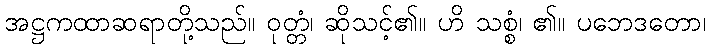
အဋ္ဌကထာဆရာတို့သည်။ ဝုတ္တံ၊ ဆိုသင့်၏။ ဟိ သစ္စံ၊ ၏။ ပဘေဒတော၊